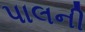
પાલની